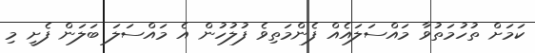
ކަމަށް ތުހުމަތުވާ މައްސަލައެއް ފެންމަތިވެ ފުލުހުން އެ މައްސަލަ ބަލަން ފެށީ މި